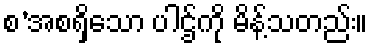
စ’အစရှိသော ပါဌ်ကို မိန့်သတည်း။